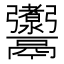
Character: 𩱰